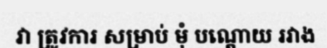
វា ត្រូវការ សម្រាប់ មុំ បណ្តោយ រវាង